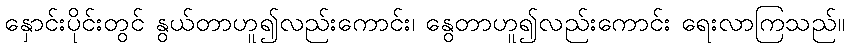
နှောင်းပိုင်းတွင် နွယ်တာဟူ၍လည်းကောင်း၊ နွေတာဟူ၍လည်းကောင်း ရေးလာကြသည်။